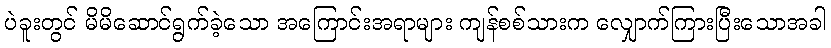
ပဲခူးတွင် မိမိဆောင်ရွက်ခဲ့သော အကြောင်းအရာများ ကျန်စစ်သားက လျှောက်ကြားပြီးသောအခါ